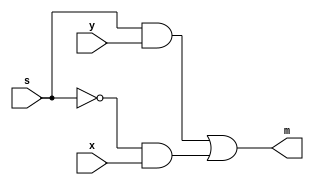
module mux2to1(x, y, s, m);
	input x; //selected when s is 0
   input y; //selected when s is 1
   input s; //select signal
   output m; //output
	
	assign m = (s & y) | (~s & x);
endmodule

module mux4to1(SW, LEDR);
	input [9:0] SW;
	output [9:0] LEDR;
	
	wire connector_0; // connect mux0 to mux2
	wire connector_1; // connect mux1 to mux2
	
	mux2to1 mux0(
		.x(SW[0]), // SW[0] stands for u
		.y(SW[1]), // SW[1] stands for v
		.s(SW[9]), // SW[9] stands for s_0
		.m(connector_0)
	);
	
	mux2to1 mux1(
		.x(SW[2]), // SW[2] stands for w
		.y(SW[3]), // SW[3] stands for x
		.s(SW[9]),
		.m(connector_1)
	);
	
	mux2to1 mux2(
		.x(connector_0), // connected to output of mux0
		.y(connector_1), // connected to output of mux1
		.s(SW[8]), // SW[8] stands for s_1
		.m(LEDR[0])
	);
endmodule